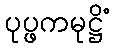
ပုပ္ဖကမုဋ္ဌိံ